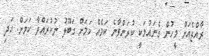
ރާއްޖެއަށް މީހުން ގެނައުމަކީ ކުރަންވާނެ ކަމެއް ކަމަށް ގަބޫލު ނުކުރައްވާ ކަމަށް. އަދި